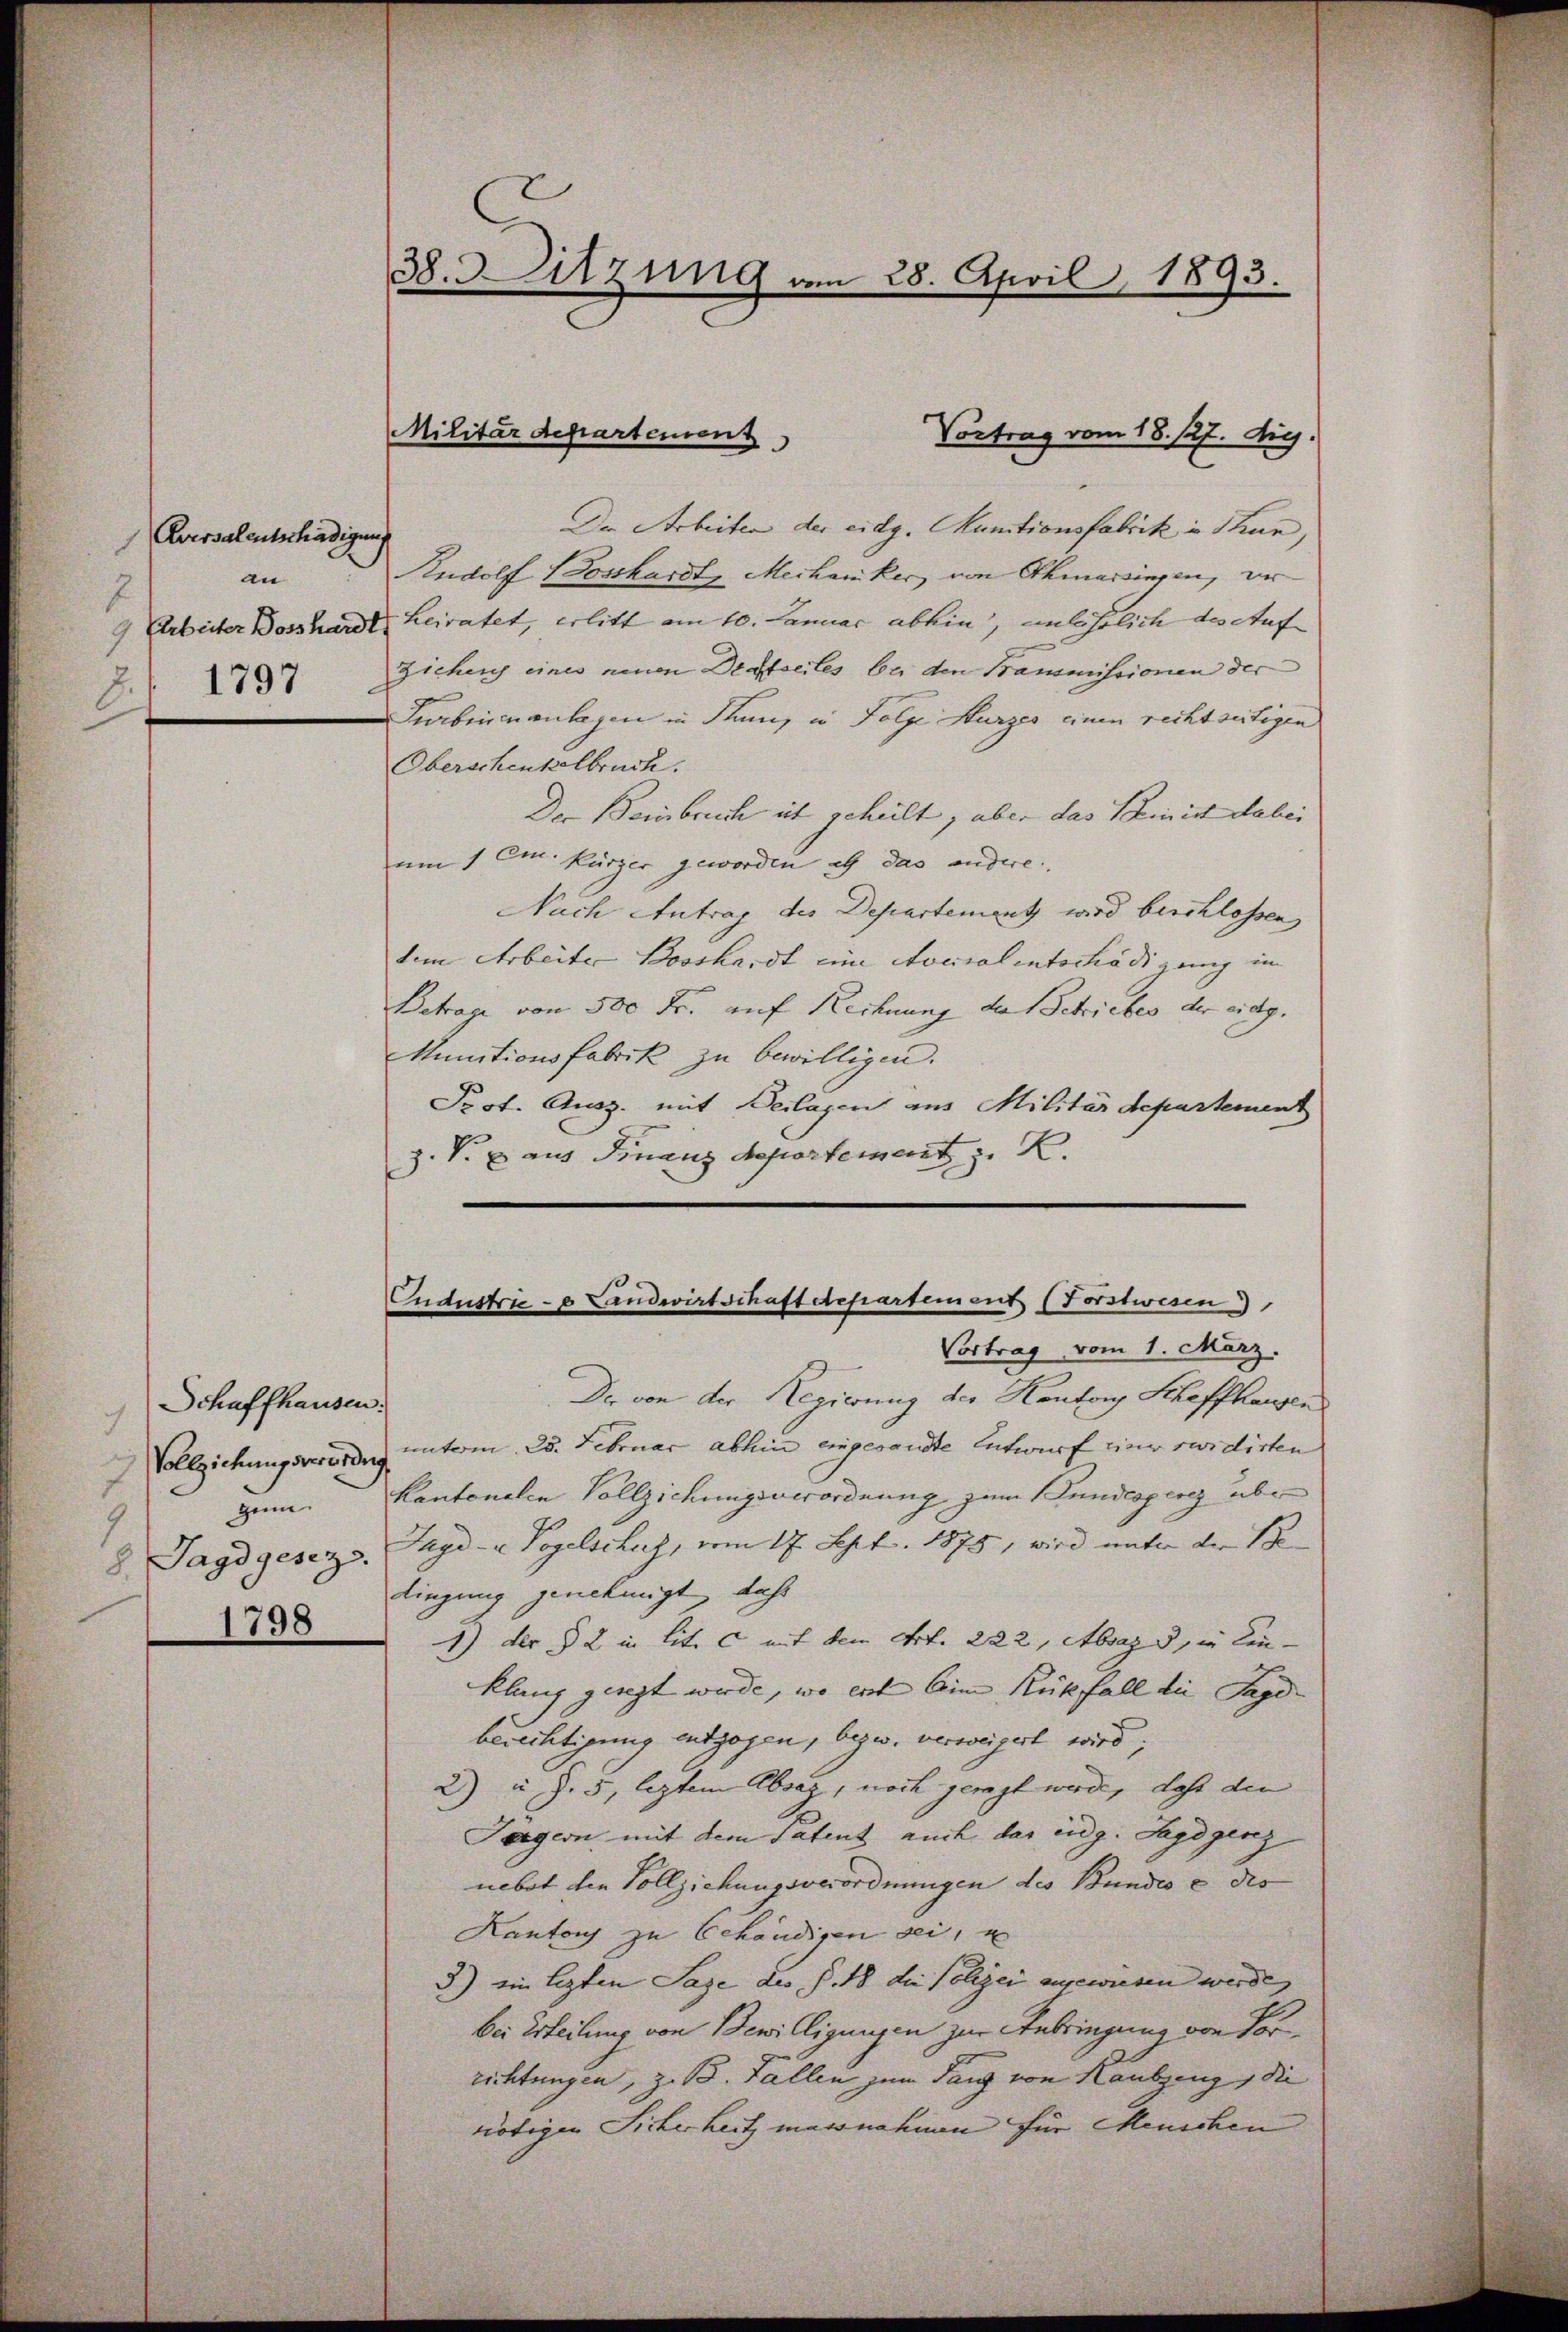
Aversalentschädigung
an
7
1797
2

Schaffhausen.
7
Vollziehungsverordnung
zum
8 Jagdgesezz
1798

38. Sitzung am 28. April 1893.

Militärdepartement
Vortrag vom 18. 127. Aug.

Der Arbeiten der eidg. Munitionsfabrik in Thun,
Rudolf Bosshardt, Mechaniker, von Othmarsingen, er
9 Arbeiter Bosshardt heiratet, erlitt am 10. Januar abhin, anlehrlich des Auf¬
Zichen eines neuen Distreites bei den Bammissionen der
Kabineanlagen in Thun, in Folge Kurzes einen rechtseitigen
Oberschenkelbruch.
Der Beinbruch ist geheilt, aber das Reinist dabei
um 1 Cm. Kürzer geworden als das andere.
Nach Antrag des Departementz wird beschlossen
dem Arbeiter Bosshardt eine Socialentschädigung in |
Betrage von 500 Fr. auf Rechnung des Betriebes der eidg.
Munitionsfabrik zu bewilligen.
Prot. Ausz. mit Beilagen aus Militärdepartement
z. V. E. aus Finanz Neportement z. B.

Cndustrice Landwirtschaft departement (Forstwesen
Vortrag vom 1. März.

Der von der Regierung der Kanton Schaffhausen
unterm 28. Februar abhin eingesandte Entwurf einer ruidirten
Kantonalen Vollziehungsverordnung zum Bundesgesez übe
Jagd- u Vogelschuf, vom 17. Sept. 1875, wird unter der 18
tingung genehmigt, dass
1) der § 2 in lit. c mit dem Art. 222, Absage, in Kin-
klang geregt wurde, wo erst Eine Rückfall die Jagd-
berechtigung entgegen, bezw. verweigert wird;
2) u. Z. 5, leztem Absaz, noch geregt werde, daß den
Pergern mit dem Patent auch das eidg. Sagegenz
nebot den Vollziehungsverordnungen des Bundes e des
Kantons zu behändigen sei, e
3) ein lezten Sage des §. 48 die Polizei angewiesen werde,
Bei Erteilung von Bewilligungen zur Anbringung von Vorrichtungen, z. B. Fallen zum Tanz von Hautzeng, die
nötigen Sicherheitz massnahmen für Menschen